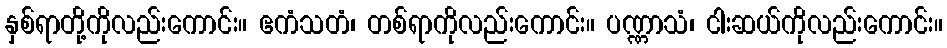
နှစ်ရာတို့ကိုလည်းကောင်း။ ဧကံသတံ၊ တစ်ရာကိုလည်းကောင်း။ ပဏ္ဏာသံ၊ ငါးဆယ်ကိုလည်းကောင်း။